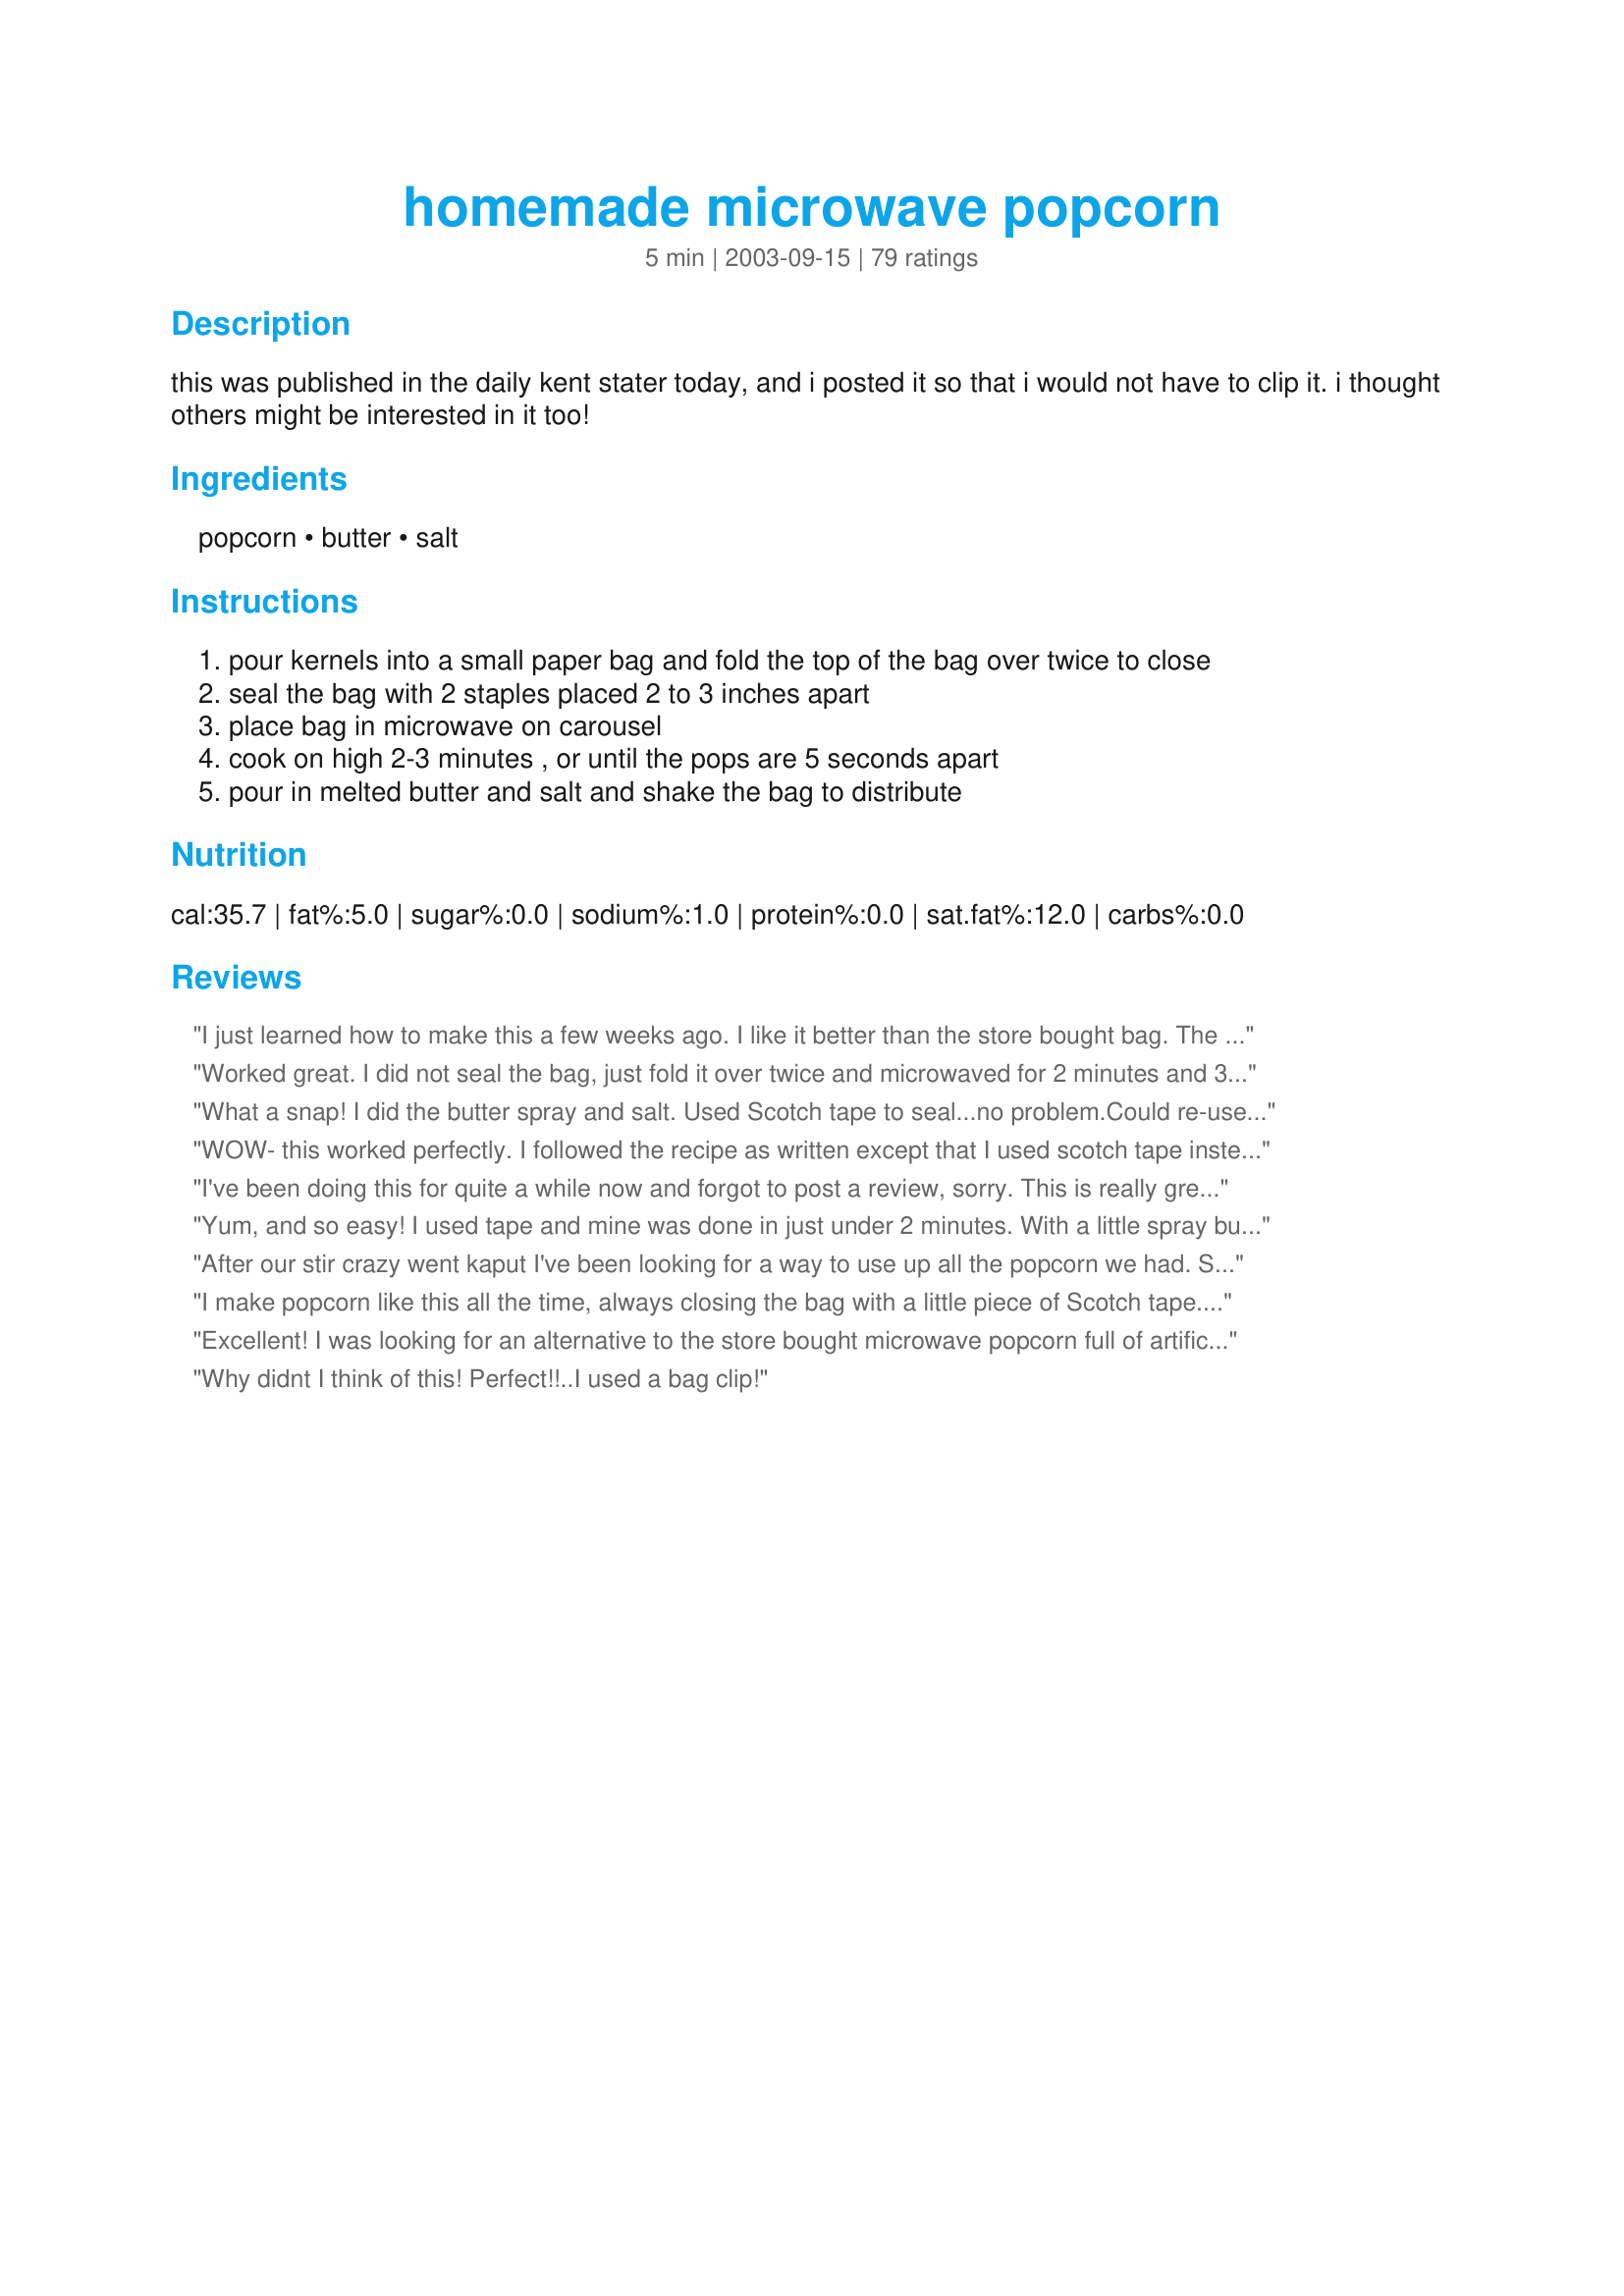
homemade microwave popcorn
Preparation time: 5 minutes

this was published in the daily kent stater today, and i posted it so that i would not have to clip it. i thought others might be interested in it too!

Ingredients:
popcorn, butter, salt

Steps:
pour kernels into a small paper bag and fold the top of the bag over twice to close
seal the bag with 2 staples placed 2 to 3 inches apart
place bag in microwave on carousel
cook on high 2-3 minutes , or until the pops are 5 seconds apart
pour in melted butter and salt and shake the bag to distribute

Reviews:
I just learned how to make this a few weeks ago. I like it better than the store bought bag. The only thing is if I leave it in for the whole time when I push the popcorn button on the microwave it burns. So I just have to shorten the time. Healthier this way!
Worked great. I did not seal the bag, just fold it over twice and microwaved for 2 minutes and 30 seconds. I did not use butter or oil, although that made it difficult to get the salt to stick to it. But I loved it. Very corny and healthy. Thank you.
What a snap! I did the butter spray and salt. Used Scotch tape to seal...no problem.Could re-use the bag.
WOW- this worked perfectly. I followed the recipe as written except that I used scotch tape instead of staples to secure my bag. Mine cooked in about 1:45 minutes. So much cheaper then store bought microwave popcorn.
I've been doing this for quite a while now and forgot to post a review, sorry. This is really great, no fake butter and hidden chemicals ,just yumminess! Oh, and I scotch taped the bag ,too. I don't think we've bought microwave popcorn from the store for more than a year and a half. Thanks so much for posting :)
Yum, and so easy! I used tape and mine was done in just under 2 minutes. With a little spray butter and salt it was a lovely treat. Just as fast as store bought microwave popcorn but so much less junk in it. Thanks!
After our stir crazy went kaput I've been looking for a way to use up all the popcorn we had.

Saw this, tried it out...and I won't make it any other way again.

I used a chip clip, and spray butter along with a little sea salt and it was a big hit.

Thanks so much!
I make popcorn like this all the time, always closing the bag with a little piece of Scotch tape. You can re-use the bag, too. Here's a great Christmas gift idea: Make up a bunch of lunch sacks each with 1/3 cup of kernels, pre-taped. Then make up some seasoning mixes to go along with them (like taco seasoning, grated cheese, ranch seasoning, etc.). Give in a basket (we gave ours with homemade rootbeer this year) with instructions for use. College students, large families, and Netflix lovers will love it!
Excellent! I was looking for an alternative to the store bought microwave popcorn full of artificial oils and chemicals. I added less than 1 tbs. (unmelted) butter and 1 tsp. salt to bag and cooked for 3 minutes. I tossed popcorn with chili powder, paprika and a bit more salt once popped. Next time I will try to omit the butter completely. Thanks for posting...we'll be using this one often!
Why didnt I think of this! Perfect!!..I used a bag clip!
I love this. It has come in super handy since I got put on a low sodium diet. Thanks so much!
Thanks! This is so much easier than popping on the stove. I used tape to close the bag and was able to use the bag 3 times (and probably could have used it more, but I didn't need to make any more). No more wasting money on store bought microwave popcorn.
Just folded the bag a couple times and popped it in the microwave. Great healthy alternative and a real money saver too!
Ah this was cool. I just folded the paper bag since I don't have a turntable in my microwave so I wasn't sure how safe staples would be if they were stationary. I had a few unpopped kernels but I also erred on the side of taking the popcorn out early . I used only 1 tbsp of butter. The flavor was between plain air-popped popcorn (which is too bland for me) and microwave popcorn (which has too much "flavor" for me). In other words, I really enjoyed it. I think with a little experience this will be an easy method.
Thanks so much for a great recipe, Lisa! I used a chip clip (all plastic, no metal) instead of staples, cause I was paranoid about metal in my microwave and it worked just fine. I also used spray butter on my popcorn instead of melted butter because it has 0 calories. I will be using this often! Thanks again for posting!
I pop popcorn like this all the time. I do use scotch tape instead of staples. Although I have read on other sites that it takes so little time to pop the corn that the staple should not be a hazard. I'd rather not take the chance though.
The BEST!
This is the Cliff Note version of popping pop corn. Just too easy for my brain. Made for Alphabet Soup Tag.
Can you safely put staples in a microwave???
A co-worker found this recipe recently in one of Alton Brown's cookbooks. I got a 2lb bag of popcorn for $1.50 and a pack of 100 lunch bags for 1.92. Got 11 bags of popcorn from the 2lb bag and this works out to about 16 cents per bag. Don't worry about using staples in the microwave. Alton Brown explains it: "As long as you're using a microwave oven with a turntable and you don't place the bag where the staples can rub against one of the walls, nothing bad will happen. This is because staples have very little mass and they are shorter than the microwaves themselves, whish means they're basically microwave 'invisible.'"
This is such a nifty idea. But you MUST have the time right or your popcorn will burn and there is a very fine line between perfectly popped corn with few kernels unpopped and a bag of ugly black burnt popcorn. Don't dis the recipe until you've experimented with it a bit. My microwave takes around 2 mins, 30 sec. Stop it when it slows a bit. Don't use the 2-3 second rule. It took me two tries to get it right. I love the buttery flavor with no chemical taste like most microwave popcorns have...
If you all are getting soggy bags of popcorn I recommend that you wait until after the popcorn is done popping and then put the popcorn in a bowl then have the butter be melting in a small sauce pan on stove to pour over the popped corn after it&#039;s all done. I always melt my butter on stove, pop my popcorn in paper bag in microwave then put it in bowl, then pour melted butter and seasoning over it and mix it up that way there is little mess in microwave.
I loved this recipe and will be making it often--no more buying microwave popcorn for me. It was really easy, (I used scotch tape to seal). I used Orville Redenbacher popcorn and almost every kernel popped. Thanks!
I've been wanting to try this for a while, and I finally did! It was awesome. I just put the popcorn in the bag, folded it over and made a "paper staple" like we used to do in school, and popped for about 2 minutes. It popped perfectly! I just sprayed a little cooking spray in the bag a couple of times and shook, then lightly salted and shook again! Will definitely make this regularly! I don't like store bought micro popcorn because of the palm oil and such.....this is GREAT!!!!
I must have done something wrong, b/c this just didn't work for me. I sealed the bag with scotch tape, and it melted. I thought I followed the time directions, but it was still popping furiously at 2 min, 45 sec but was starting to burn at the same time. I stopped the microwave and pulled the bag out. I just had to toss it and pop my popcorn on the stove. If I missed something, please let me know, as popping in the microwave would be a lot simpler than popping in a skillet on the stove. Great idea, just didn't work for me.
This is very unique, but it definitely is more work than just popping in a microwave bag of popcorn and I had to make two batches to get the amount in one bag of the microwave kind. I am wondering if you could add the salt and a little melted butter to the bag before popping. Will try it and report back. Thanks for posting.
I'm so excited to find this recipe-tried it using only 1 staple in micro-no problem. It's great to have a natural, healthy,easy,inexpensive way to pop corn-just added a little melted butter and some sea salt-delicious!
This recipe works perfectly, and has saved my life since my popcorn maker broke! I have done it successfully with light Becel to reduce the calories (popping took a few seconds longer). Thank you so much for this one, I'll never go back to storebought.
What a $savings this will be over bought popcorn. I have made it a couple of times already. I have found that my popcorn button cooks it perfectly. I have used both the staples and tape with no problems.
Thank you so much! This is going to save me a chunk of money at the grocery store, being the popcorn junkie I am. I combined this with Kittencal's Kettle Corn recipe to make Microwave Kettle corn. Wonderful!
Amazing! So easy and good, I won't be buying prepackaged microwave popcorn again. Thanks for posting.
I can't believe I have never rated this. I have made this many many times. It's so easy and much tastier than the microwave popcorn you buy in the store! My air popper is getting lonely. LOL! I just fold the bag and have never had a problem. thanks princesslisa.
This recipe was in our local paper also and I thought it was just great. I was kind of worried about the staples at first, but after reading the article, it stated that 2 tiny staples placed 2-3 in apart was not a danger... so I proceeded... cautiously! I did use one of those mini-staplers however... don't know if that really made a difference or not. I only used about 2 Tbs of popcorn and just a little pat of butter in a white lunch bag. I love this method since I can make just enough popcorn for myself without having to waste a lot. That way when a craving strikes, I can always have fresh hot popcorn anytime! Thanks for sharing!
The coolest thing! A great way to make "air popped" popcorn without the machine. Easy, perfect, cheap and a great treat for the kids to make. I felt like living dangerously and used 2 staples without a problem. Was perfectly done at exactly 2 minutes. Has the added benefit of avoiding all of the garbage in microwave popcorn. Thanks princesslisa, for a great idea!
We've now made popcorn several times this way. It's not our normal way - but if we run out of microwave popcorn then all we have to do is grab the popcorn seeds from the freezer and follow this recipe. I especially like it when we want a flavored popcorn - it's easy to add spices to the bag before popping and shake when it's done.
Awesome! You saved me the $30 (plus) for a hot air popper! This popcorn turned out fabulous. My microwave is super fast so for me 2 minutes 20 seconds is enough time to pop. Thanks for sharing this money saving recipe, I absolutely loved it.
This is *FANTASTIC!!!* My DH was a little sceptical when I first mentioned it, however, he now has a full tummy and a smile on his face. Not all the kernels popped, so I think next time I'll try 1/4 cup. I don't want to increase the time as I'm afraid of scorching it. I popped the 1/3 cup for 2:10. Sorry Orville, but you just lost a customer.
Amazing! I've stayed away from microwave popcorn cuz it always tastes like chemicals to me. This rocks! Because it's been so long, I even burned some of the kernels and the house didn't stink to high heaven! Thank you soooo much!
I'm not going to rate this coz I almost burned my microwave .Probably there was nothing wrong with the recipe. It started to pop very late and the microwave got too hot and turned itself off automatically. Imagine my relief when it started to work again. I didn' t want to go through it again so I'm popping my corn the same old way.
This works well! I used butcher's tape (available at most supermarkets), but I'll bet masking tape would work fine too.
A friend once told me she did this but I never tried until I saw you recipe. It took my microwave 2 min 10 sec. and popping slows up. I sprayed with butter spray and seasoned with cheese flavored seasoning. YUMMY! My kids love trying to help make simple things and this was great. We used one tape to keep bag folded. thanks
Apparently you do put the butter in the bag with the popcorn, even though the recipe never states when to use the butter. It's what I did using only 2 T margarine and it worked out great. The bag was super oily though. I did use 2 staples without a problem and cooked it 2 minutes. NICE alternative to microwave popcorn.
It was ok. I folded the top of the bag and didn't need staples or tape. However, no matter how short of cooking time or lowest set of heat on microwave, I'd either scorch the botton of the bag or would have too many unpopped popcorn. Was easier to just buy an air popper.UPDATE 07/2010 I wasn't satisfied with my orginal review and had to try it again. Again didn't need staples or tape, just folded the top of the bag. Every 2 minutes I stoped the microwave and shook the bag to help keep the bottom from scortching. It did help keep it from burning. Still had quite a few unpoped kernels but I think it was way better than my first few experiences.
I just made this in my large microwave cooking bowl w/lid from pampered chef. It worked great. I melted the butter first and then added the corn. I only have a few unpopped kernels at the bottom. Thanks!
I researched this online yesterday and found that I can use a plastic container with the top fitted loosely. It works perfectly and uses less waste! I will never buy microwave popcorn again. I've tried smart balance butter spread and olive oil. Both taste great!
OMGosh!! I seen this and I had to run and try it. To my surprise it really worked.. No more microwave popcorn forme. AWESOME!!
All right! This tastes every bit as good as the purchased kind. I folded the bag closed and used popcorn salt and butter-flavored cooking spray when it finished popping. Thank you so much, princesslisa.
Excellent recipe. Easy to make and economical too. Definitely will make often.
I saw this same recipe on Alton Browns show on the food network and have been making it ever since!
A really great and easy way to make popcorn!
I saw this recipe on one of the forums, and had no idea that it was here. My DH and I have been making our popcorn this way for several months now, after reading Alton Brown's book "I'm Just Here For The Food". In it, he gives a scientific explanation why the two spaced staples are not a problem in your microwave. 
We absolutely love doing our popcorn this way, because you can get just the right amount of whatever topping you wish on it. A friend suggested sprinkling on a little Ranch dressing mix (the powdered stuff). She said it reminded her of Ranch Doritos. I highly recommend this recipe to everyone, not just for the taste, but this is unbelievably inexpensive to make this way. Yum! Long live popcorn!
This was perfect! I'll never go back to prepackaged again. (I also used tape instead of staples--no problem.) It was lovely to have real butter on popcorn again.
This is the only way we make popcorn now unless we have a huge bunch (popcorn balls)to make. We love it, its fast and easy. It takes a time or two to adjust to your microwave time, our popcorn button is set way too long and I don't know how to change it. It is aobut 2minutes 25 seconds in ours. A little spray butter and some popcorn seasoning and a moving. Excellent idea, thanks for sharing
Wow! Hubby loves popcorn for an evening snack and was very skeptical, but said popcorn is fluffier than when popped on the stovetop. Used scotch tape to seal and only took 1.5 minutes in our microwave. The best part in my opinion, no more dirty popcorn pans. :)
Thanks for posting this! My girls (1.5 and 3.5) love popcorn and have it for an afternoon snack nearly every day! You can imagine we were going thru quite a bit of microwave popcorn (which I didn't even really care for!) This turned out great; maybe I will cut down the butter b/c our bag was a soggy mess (will place my bag in a bowl next time so my microwave doesn't get buttery). But it popped up quite impressively (I used scotch tape, not staples--I'm paranoid and our microwave is new!) Sprinkled lightly with butter flavored popcorn seasoning. Fantastic. Kiddos are munching on it right now!
I tried this with only moderate success because I didn't have the right kind of bag (they are hard to find here in Japan.) I tried to construct the bag from a larger one, but the turntable didn't move much, so only about half the corn popped. Oh, well, it was interesting. Thank you for the idea. No stars as I didn't follow the recipe.
This worked like a charm! I just folded the bag and had no issues. I was not sure when to add the butter, so I coated the popcorn before cooking. . .next time I will just do a slight drizzle of oil before and add the butter after popping. I ended up with about 1.5 T unpopped kernels after 2 minutes on high, so next time I will try 2 min 15 seconds and see what happens. Thanks for the recipe!~
I read the other reviews and kept a sharp eye on the popcorn. It worked perfectly! I didn't melt the butter, just put in a few small thin slices and it was great, a butter flavour without being too overpowering and I salted the popcorn afterwards. A really convenient recipe, no need to invest in a popcorn machine and no need to clean up saucepans. Thanks Lisa, may the force be with you always.
I read about this in Alton Brown's book. It's okay to use staples in the microwave even though they are metal because they are smaller than the microwaves (the actual waves, not the microwave ovens, obviously), so essentially, they are invisible or non-existant to your microwave oven. Pretty cool, huh!? I do it all the time. No harm done. It's great because it's cheaper than microwave popcorn, and you don't have to use oil!
Great idea!
I love making this. I add peanut oil (if I have it) or olive oil just a small drizzle to the bag before putting it in the microwave. I only leave it in my microwave 1 minute 30 seconds and its done, there are few unpopped kernals, but always tasty. Tonight I melted butter and added cayenne pepper - it was AWESOME!
I admit I was skeptical...but it WORKED!!! And was delicious! A definite keeper. I too used a piece of tape to seal my bag. Thanks for posting this...not sure why I didn't think of this before! :)
This is fun to fix! I've found that you mix the popcorn with a little bit of oil before putting in the bag and then shake it around in the bag (don't use too much oil). Then I fold it over and tape it shut with some plain plastic tape (it doesn't melt-don't worry). I've really had to play with the timing and mine gets done in about 1 minute 30 seconds or 40 seconds. Then I open and pour on the melted butter and salt or whatever toppings you want. This is similar to the old-fashioned popcorn your grandma and grandpa used to make in the large steel pot on the stove! Very good! Thanks for sharing this recipe!
Wow, what a great idea. I bet the popcorn industry dosn't want this simple recipe to get out! I used tape on the bag and used the popcorn setting on my microwave. Perfect popcorn for just pennies. Thanks!
I do this at work literally every day now! I use Becel spray as a topping instead of melted butter. 
The first time I showed some co-wrokers what I was doing they couldn't believe it. Now everyone is doing it!

Thanks for this great, easy recipe!!
Wonderfully simple and less greasy than regular purchased microwaved popcorn. My son watched me put this together - with doubt. To his surprise and amazment - this turned out very well. I added a half tsp of olive oil and microwaved the bag on a plate. 
Thanks for giving us another option in an easy healthy snack!
You'll think I'm crazy, but I like to make healthy treats for my 3 macaws. They love popcorn, but I hate to give them all the salt, butter and other preservatives that come with microwave popcorn. I used this technique omitting the butter and salt. Popped for 2 min. 15 secs. and it was perfect. They had the most fun sticking their heads inside the bag to get the treat! Thanks for an easy healthy way to treat my feathered friends. (I also plan to use the full recipe for family :0)
Wow so easy! I cooked my popcorn for almost 3 minutes. I think maybe next time I will do it for 2 1/2 mututes because even though the popcorn was still popping when I took the bag out of the microwave the popcorn was slightly scorched. But, this easy recipe is definatley a keeper! Thank you for sharing. As an UPDATE to my review. My husband loved this recipe so much, that this is the only way he will make popcorn. No more package microwave popcorn in our house!! My husband thanks you!!
Thank you! This really works great!
Awesome. Much easier than finding and lugging out the air popper! Using the large microwave popcorn setting on my microwave is a help, but I still stay closeby and go by sound. Thanks for posting this.
This is my new favorite way to have popcorn. I have always liked to just make it on the stove the old fashion way but I recently got a new ceramic top stove and you just can't shake the pan on it without messing it up terribly. Anyway I love this way of having my favorite snack.
Wow - this is going to save me a fortune over the packaged stuff, so maybe I'll treat myself to some of the fancy flavored salts. I used a butter flavored spray to cut some calories, and it's excellent. My bag filled to the top, so I may start with 1/4 cup next time. I also used tape to seal the bag with no problems. Thanks so much for posting.
Yay! This worked great! I wish I had known about this recipe years, well decades ago.I used tape and it was done in 2.5 mins. Thanks so much!
Used multi colored kernels and this recipe was perfect. Fluffy and white with that great popcorn flavor. Me and wifey didn’t even use butter or salt, just plain and enjoyed natural flavor.
WOW! Just tried this and it worked perfectly and was so fast and easy! Mine was done in 2 minutes. I was going to go and buy a popcorn maker but now I don't have to. Thanks for sharing this.
Instead of staples I just folded the top of paper lunch bag over 2 times very crisply. I didn't use any fat and worked very well. I am excited that I can reuse the bag. What a cheap and healthy snack!
Oh my gosh, it worked. We added a little olive oil instead of the butter and used one staple. We used the popcorn setting on the microwave. It came out perfectly. The only thing I would do differently next time is to put the bag on a plate--it was extremely greasy, and made a mess of the microwave turn table. I don't think I will ever buy commercial microwave popcorn again!
This recipe worked like a charm for me. I used gourmet locally-grown popcorn, a squirt of seasoned popcorn oil (canola), salt, and scotch tape on the brown paper lunch bag. I used the automatic popcorn button on my microwave, which left a few more un-popped kernels than commercial microwave popcorn, but that is better than burning it in my opinion! Thanks for a great idea!
It works!! However, the first time, the popcorn turned out perfect. The second time I started a little fire so becareful of the type of bag you use.
This is very flexible method! I&#039;ve tried sweet, salty, and plain versions! My current microwave isn&#039;t as powerful as the one I had before, but I still had to reduce the popping time to 90 seconds. At 2 minutes, I had to open the doors and windows to vent the stench before my overly-loud smoke detector went crazy. I use an all-plastic chip clip, but I&#039;ve used staples and tape (scotch or masking) before without issue. (Microwaves are most dangerous for metal when they can create circular eddy currents, and staples really aren&#039;t conducive to circles. Spoons, no way.)
